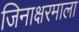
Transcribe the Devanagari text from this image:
जिनाक्षरमाला